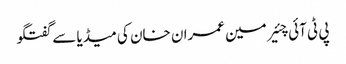
پی ٹی آئی چئیر مین عمران خان کی میڈیا سے گفتگو